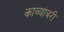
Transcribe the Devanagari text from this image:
काव्यांबरी